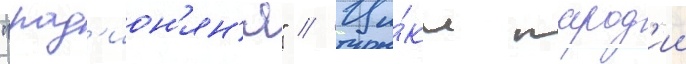
"рад'ион'ян'я" // Ци́кл парод'ии